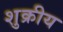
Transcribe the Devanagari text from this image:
शुक्रीय